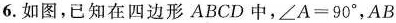
6.如图，已知在四边形ABCD中，\angle A=90^{\circ}，AB